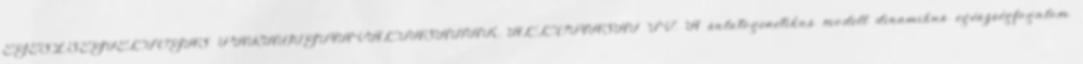
EGÉSZSÉGFELFOGÁS PARADIGMAVÁLTÁSÁNAK ÁLLOMÁSAI IV. A salutogenetikus modell dinamikus egészségfogalom